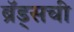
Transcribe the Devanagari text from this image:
ब्रॅड्सची